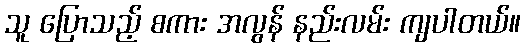
သူ ပြောသည့် စကား အလွန် နည်းလမ်း ကျပါတယ်။